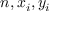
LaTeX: n , x _ { i } , y _ { i }